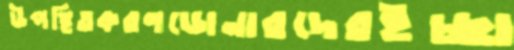
উপস্থিতকরণডোনারদেরইচ্ছা